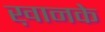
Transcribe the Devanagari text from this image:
ख़ानके